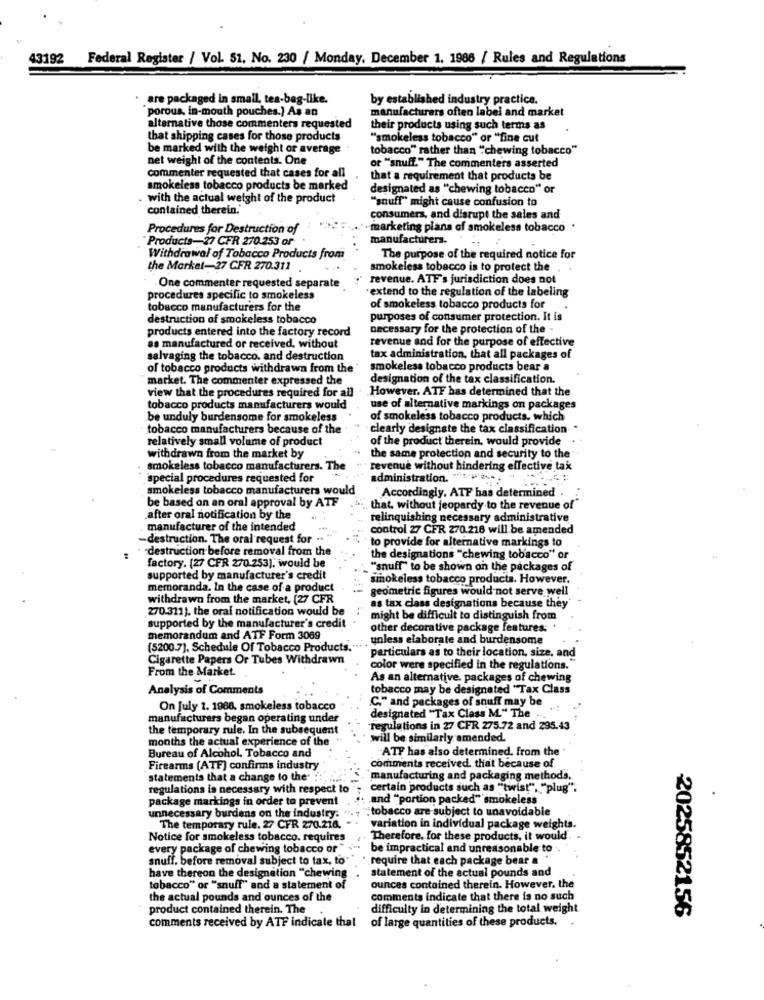
43192 Federal Register / Vol. 51, No. 230 / Monday, December 1, 1986 / Rules and Regulations
· are packaged in small, tea-bag-like.
by established industry practice.
porous, in-mouth pouches.] As an
manufacturers often label and market
alternative those commenters requested
their products using such terms as
that shipping cases for those products
"smokeless tobacco" or "fine cut
be marked with the weight or average
tobacco" rather than "chewing tobacco"
net weight of the contents. One
commenter requested that cases for all
or "snuff." The commenters asserted
that a requirement that products be
smokeless tobacco products be marked
designated as "chewing tobacco" or
. with the actual weight of the product
"snuff" might cause confusion to
contained therein.
consumers, and disrupt the sales and
Procedures for Destruction of
· marketing plans of smokeless tobacco .
Products-27 CFR 270 253 or
manufacturers.
Withdrawal of Tobacco Products from
The purpose of the required notice for
the Market-27 CFR 270.311
smokeless tobacco is to protect the
revenue. ATF's jurisdiction does not
. One commenter requested separate
·extend to the regulation of the labeling
procedures specific to smokeless
tobacco manufacturers for the
of smokeless tobacco products for
destruction of smokeless tobacco
purposes of consumer protection. It is
products entered into the factory record
necessary for the protection of the -
as manufactured or received, without
revenue and for the purpose of effective
salvaging the tobacco. and destruction
tax administration, that all packages of
of tobacco products withdrawn from the " smokeless tobacco products bear a
market. The commenter expressed the
designation of the tax classification.
view that the procedures required for all . However, ATF has determined that the
tobacco products manufacturers would
use of alternative markings on packages
be unduly burdensome for smokeless
of smokeless tobacco products, which
tobacco manufacturers because of the
clearly designate the tax classification.
relatively small volume of product
of the product therein, would provide
withdrawn from the market by
the same protection and security to the
smokeless tobacco manufacturers. The
revenue without hindering effective tak
special procedures requested for
administration.
smokeless tobacco manufacturers would
be based on an oral approval by ATF
Accordingly, ATF has determined
that, without jeopardy to the revenue of"
after oral notification by the
relinquishing necessary administrative
manufacturer of the intended
control 27 CFR 270.216 will be amended
-destruction. The oral request for .. "
to provide for alternative markings to
. - destruction before removal from the
the designations "chewing tobacco" or
factory. (27 CFR 270.253), would be
"snuff" to be shown on the packages of
supported by manufacturer's credit
smokeless tobacco products. However,
memoranda. In the case of a product
geometric figures would not serve well
withdrawn from the market, (27 CFR
270-311). the oral notification would be
as tax class designations because they
might be difficult to distinguish from
supported by the manufacturer's credit
other decorative package features:
memorandum and ATF Form 3069
.... unless elaborate and burdensome
(5200.7). Schedule Of Tobacco Products ....
Cigarette Papers Or Tubes Withdrawn
particulars as to their location, size, and
From the Market.
color were specified in the regulations."
As an alternative. packages of chewing
Analysis of Comments
tobacco may be designated "Tax Class
C." and packages of snuff may be
On July 1. 1988, smokeless tobacco
manufacturers began operating under
designated "Tax Class M." The .
the temporary rule. In the subsequent
regulations in 27 CFR 275.72 and 295.43
months the actual experience of the
will be similarly amended.
"ATF has also determined. from the
Bureau of Alcohol, Tobacco and
Firearms (ATF) confirms industry
comments received. that because of.
statements that a change to the'
manufacturing and packaging methods.
regulations is necessary with respect to
certain products such as "twist", "plug".
package markings in order to prevent
.. . and "portion packed"' smokeless
unnecessary burdens on the industry.
tobacco are subject to unavoidable
The temporary rule. 27 CFR 270.214.
variation in individual package weights.
Notice for smokeless tobacco. requires
Therefore. for these products, it would
every package of chewing tobacco of
be impractical and unreasonable to
snuff, before removal subject to tax, to'
require that each package bear &
statement of the actual pounds and
have thereon the designation "chewing
tobacco" or "snuff" and a statement of
ounces contained therein. However, the
the actual pounds and ounces of the
comments indicate that there is no such
product contained therein. The
difficulty in determining the total weight
2025852156
comments received by ATF indicate that of large quantities of these products.